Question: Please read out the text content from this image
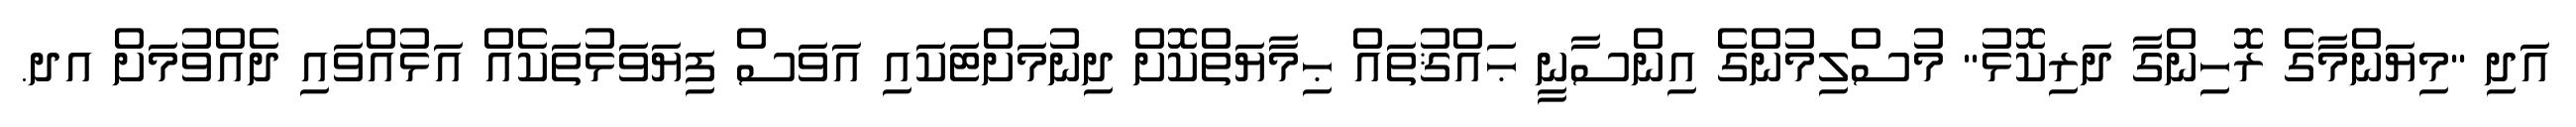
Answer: އަދި "މިޔަންމާގެ ރޮހިންގާ ދަރިކޮޅު" މުސްލިމުންގެ އިންސާނީ ޙައްޤުތައް ޙިމާޔަތްކޮށް ދިނުމަށްޓަކައި އަވަސް ފިޔަވަޅުތަކެއް އަޅުއްވައި ދެއްވުމަށް އދ.